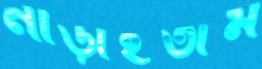
নাড়াইতাম